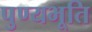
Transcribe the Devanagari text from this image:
पुण्यभूति